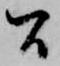
間